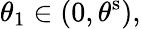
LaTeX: \theta_{1}\in(0,\theta^{\mathrm{s}}),